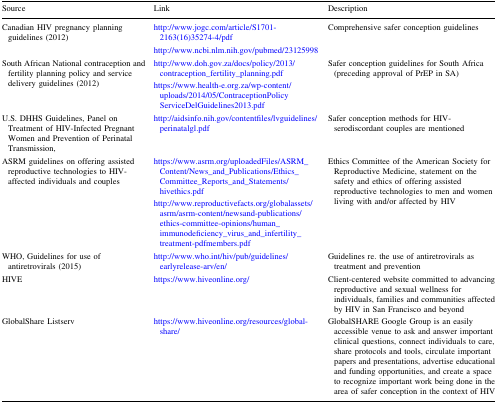
<table><thead><tr><td><b>Source</b></td><td><b>Link</b></td><td><b>Description</b></td></tr></thead><tbody><tr><td>Canadian HIV pregnancy planning guidelines (2012)</td><td>http://www.jogc.com/article/S1701-2163(16)35274-4/pdfhttp://www.ncbi.nlm.nih.gov/pubmed/23125998</td><td>Comprehensive safer conception guidelines</td></tr><tr><td>South African National contraception and fertility planning policy and service delivery guidelines (2012)</td><td>http://www.doh.gov.za/docs/policy/2013/contraception_fertility_planning.pdfhttps://www.health-e.org.za/wp-content/uploads/2014/05/ContraceptionPolicyServiceDelGuidelines2013.pdf</td><td>Safer conception guidelines for South Africa (preceding approval of PrEP in SA)</td></tr><tr><td>U.S. DHHS Guidelines, Panel on Treatment of HIV-Infected Pregnant Women and Prevention of Perinatal Transmission,</td><td>http://aidsinfo.nih.gov/contentfiles/lvguidelines/perinatalgl.pdf</td><td>Safer conception methods for HIV-serodiscordant couples are mentioned</td></tr><tr><td>ASRM guidelines on offering assisted reproductive technologies to HIV-affected individuals and couples</td><td>https://www.asrm.org/uploadedFiles/ASRM_Content/News_and_Publications/Ethics_Committee_Reports_and_Statements/hivethics.pdfhttp://www.reproductivefacts.org/globalassets/asrm/asrm-content/newsand-publications/ethics-committee-opinions/human_immunodeficiency_virus_and_infertility_treatment-pdfmembers.pdf</td><td>Ethics Committee of the American Society for Reproductive Medicine, statement on the safety and ethics of offering assisted reproductive technologies to men and women living with and/or affected by HIV</td></tr><tr><td>WHO, Guidelines for use of antiretrovirals (2015)</td><td>http://www.who.int/hiv/pub/guidelines/earlyrelease-arv/en/</td><td>Guidelines re. the use of antiretrovirals as treatment and prevention</td></tr><tr><td>HIVE</td><td>https://www.hiveonline.org/</td><td>Client-centered website committed to advancing reproductive and sexual wellness for individuals, families and communities affected by HIV in San Francisco and beyond</td></tr><tr><td>GlobalShare Listserv</td><td>https://www.hiveonline.org/resources/global-share/</td><td>GlobalSHARE Google Group is an easily accessible venue to ask and answer important clinical questions, connect individuals to care, share protocols and tools, circulate important papers and presentations, advertise educational and funding opportunities, and create a space to recognize important work being done in the area of safer conception in the context of HIV</td></tr></tbody></table>